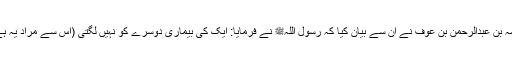
1487: ابن شہاب سے روایت ہے کہ سیدنا ابو سلمہ بن عبدالرحمن بن عوفؓ نے ان سے بیان کیا کہ رسول اللہﷺ نے فرمایا: ایک کی بیماری دوسرے کو نہیں لگتی (اس سے مراد یہ ہے کہ کوئی بیماری کسی سے خود بخود نہیں لگتی۔